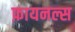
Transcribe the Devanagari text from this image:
फ़ायनल्स